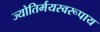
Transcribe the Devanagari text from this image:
ज्योतिर्मयस्वरूपाय